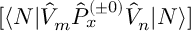
[ \langle N | \hat { V } _ { m } \hat { P } _ { x } ^ { ( \pm 0 ) } \hat { V } _ { n } | N \rangle ]